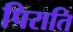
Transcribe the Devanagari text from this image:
पिराति